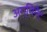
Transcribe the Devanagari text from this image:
अग्मिनैट